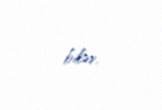
bilər.